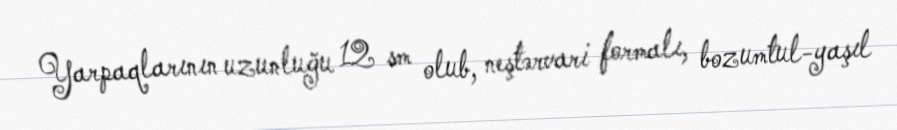
Yarpaqlarının uzunluğu 12 sm olub, neştərvari formalı, bozumtul-yaşıl